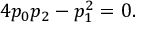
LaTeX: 4 p _ { 0 } p _ { 2 } - p _ { 1 } ^ { 2 } = 0 .